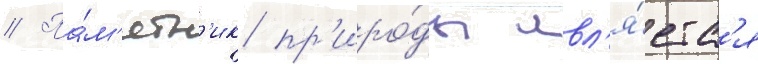
// Па́м'ятн'ик пр'иро́ды явл'я́етс'я